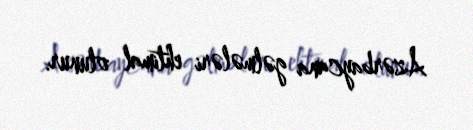
Azərbaycana gəlmələri ehtimal olunur.